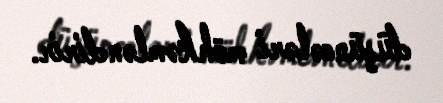
düşüncələri möhkəmləndirir.